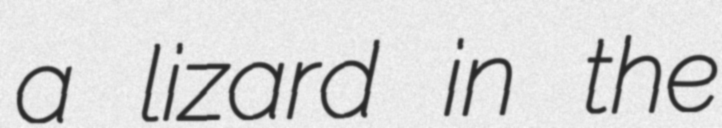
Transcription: a lizard in the